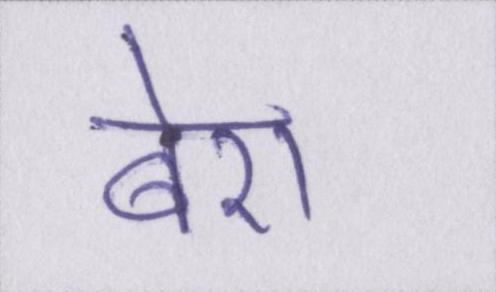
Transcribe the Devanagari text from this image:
बेरा